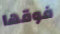
فوقها